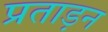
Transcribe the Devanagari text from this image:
प्रताड़न